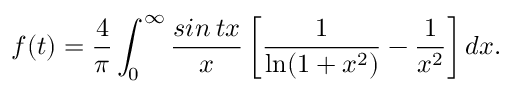
f ( t ) = \frac { 4 } { \pi } \int _ { 0 } ^ { \infty } \frac { s i n \: t x } { x } \left[ \frac { 1 } { \ln ( 1 + x ^ { 2 } ) } - \frac { 1 } { x ^ { 2 } } \right] d x .